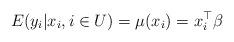
LaTeX: \begin{align*}E(y_i | x_i, i\in U) = \mu(x_i) = x_i^{\top} \beta \end{align*}